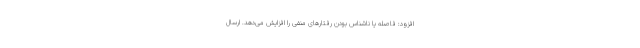
افزود: فاصله یا ناشناس بودن رفتارهای منفی را افزایش می‌دهد. ارسال